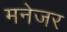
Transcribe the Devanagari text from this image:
मनेजर